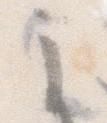
こ